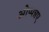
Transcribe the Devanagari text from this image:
ओप्पन्नए